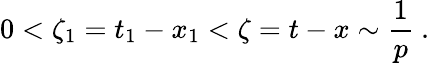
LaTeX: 0<\zeta_{1}=t_{1}-x_{1}<\zeta=t-x\sim\frac 1p\ .